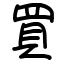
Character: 買